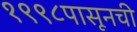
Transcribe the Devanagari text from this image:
१९९८पासूनची